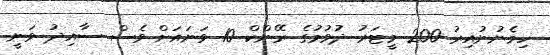
ހިމެނުނުއިރު 200 މީޓަރު ދުވުމުގެ ރޭންކް 10 ވަނައަށް ވެސް ސާއިދު ވަނީ